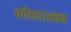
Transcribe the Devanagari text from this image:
कोहदामन